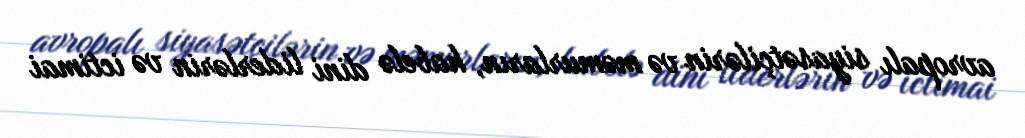
avropalı siyasətçilərin və məmurların, habelə dini liderlərin və ictimai